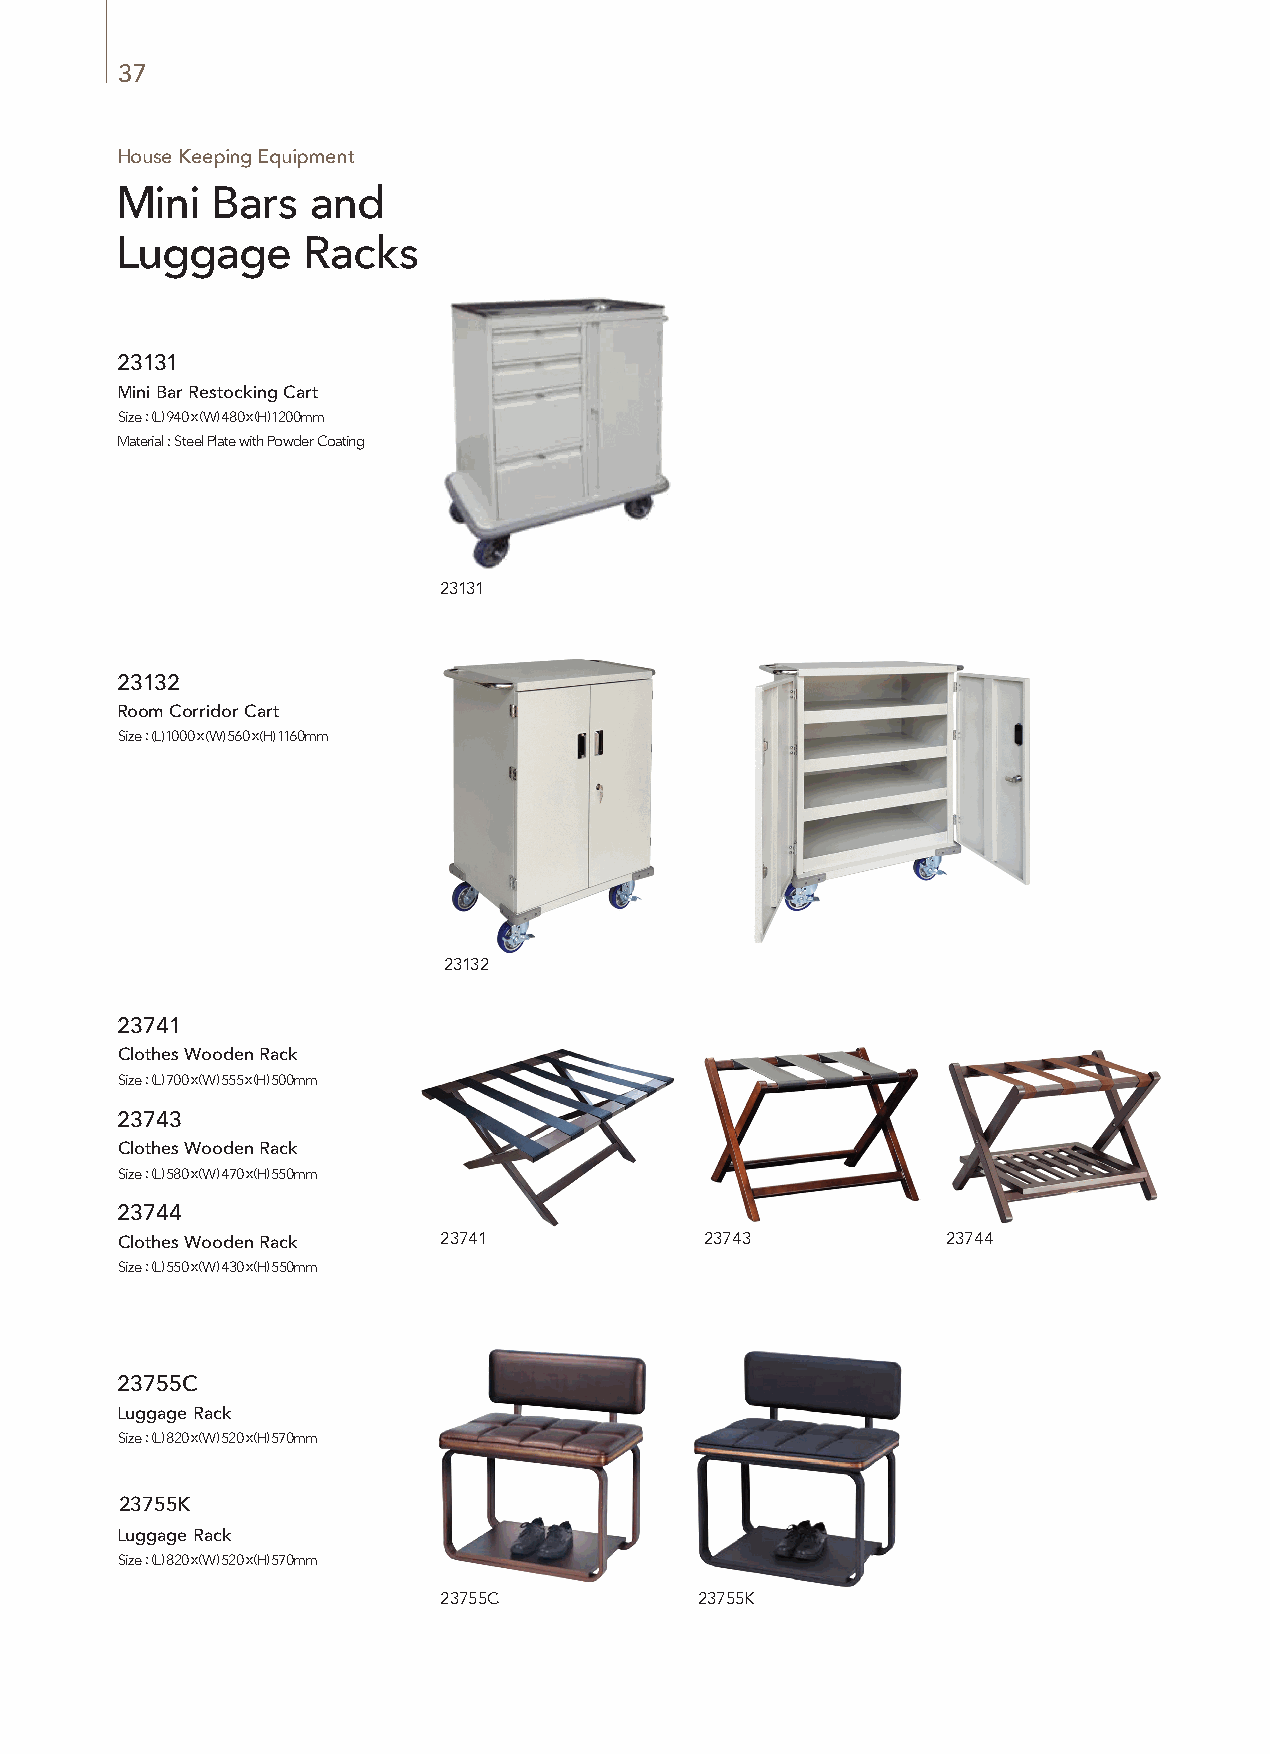
37
 House Keeping Equipment
 Mini  Bars   and
 Luggage     Racks
 23131
 Mini Bar Restocking Cart
 Size : (L) 940 x (W) 480 x (H) 1200mm
 Material : Steel Plate with Powder Coating
 23131
 23132
 Room Corridor Cart
 Size : (L) 1000 x (W) 560 x (H) 1160mm
 Material : Stainless, Gray Carpet
 23132
 23741
 Clothes Wooden Rack
 Size : (L) 700 x (W) 555 x (H) 500mm
 23743
 Clothes Wooden Rack
 Size : (L) 580 x (W) 470 x (H) 550mm
 Material : Stainless, Gray Carpet
 23744
 Clothes Wooden Rack  23741             23743           23744
 Size : (L) 550 x (W) 430 x (H) 550mm
 Material : Titanium gold, Red Carpet
 23755C
 Luggage Rack
 Size : (L) 820 x (W) 520 x (H) 570mm
 Material : Titanium gold, Red Carpet
 23755K
 Luggage Rack
 Size : (L) 820 x (W) 520 x (H) 570mm
 Material : Stainless, Gray Carpet
 23755C           23755K